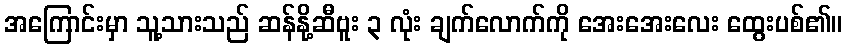
အကြောင်းမှာ သူ့သားသည် ဆန်နို့ဆီဗူး ၃ လုံး ချက်လောက်ကို အေးအေးလေး ထွေးပစ်၏။